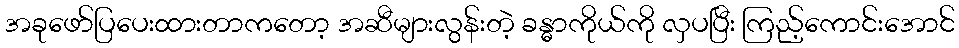
အခုဖော်ပြပေးထားတာကတော့ အဆီများလွန်းတဲ့ ခန္ဓာကိုယ်ကို လှပပြီး ကြည့်ကောင်းအောင်